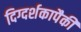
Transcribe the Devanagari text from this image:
दिग्दर्शकापैकी